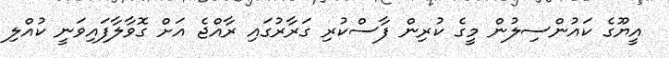
އީޔޫގެ ކައުންސިލުން މީގެ ކުރިން ފާސްކުރި ގަރާރުގައި ރާއްޖެ އަށް ގޮވާލާފައިވަނީ ކުއްލި